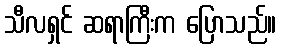
သီလရှင် ဆရာကြီးက ပြောသည်။